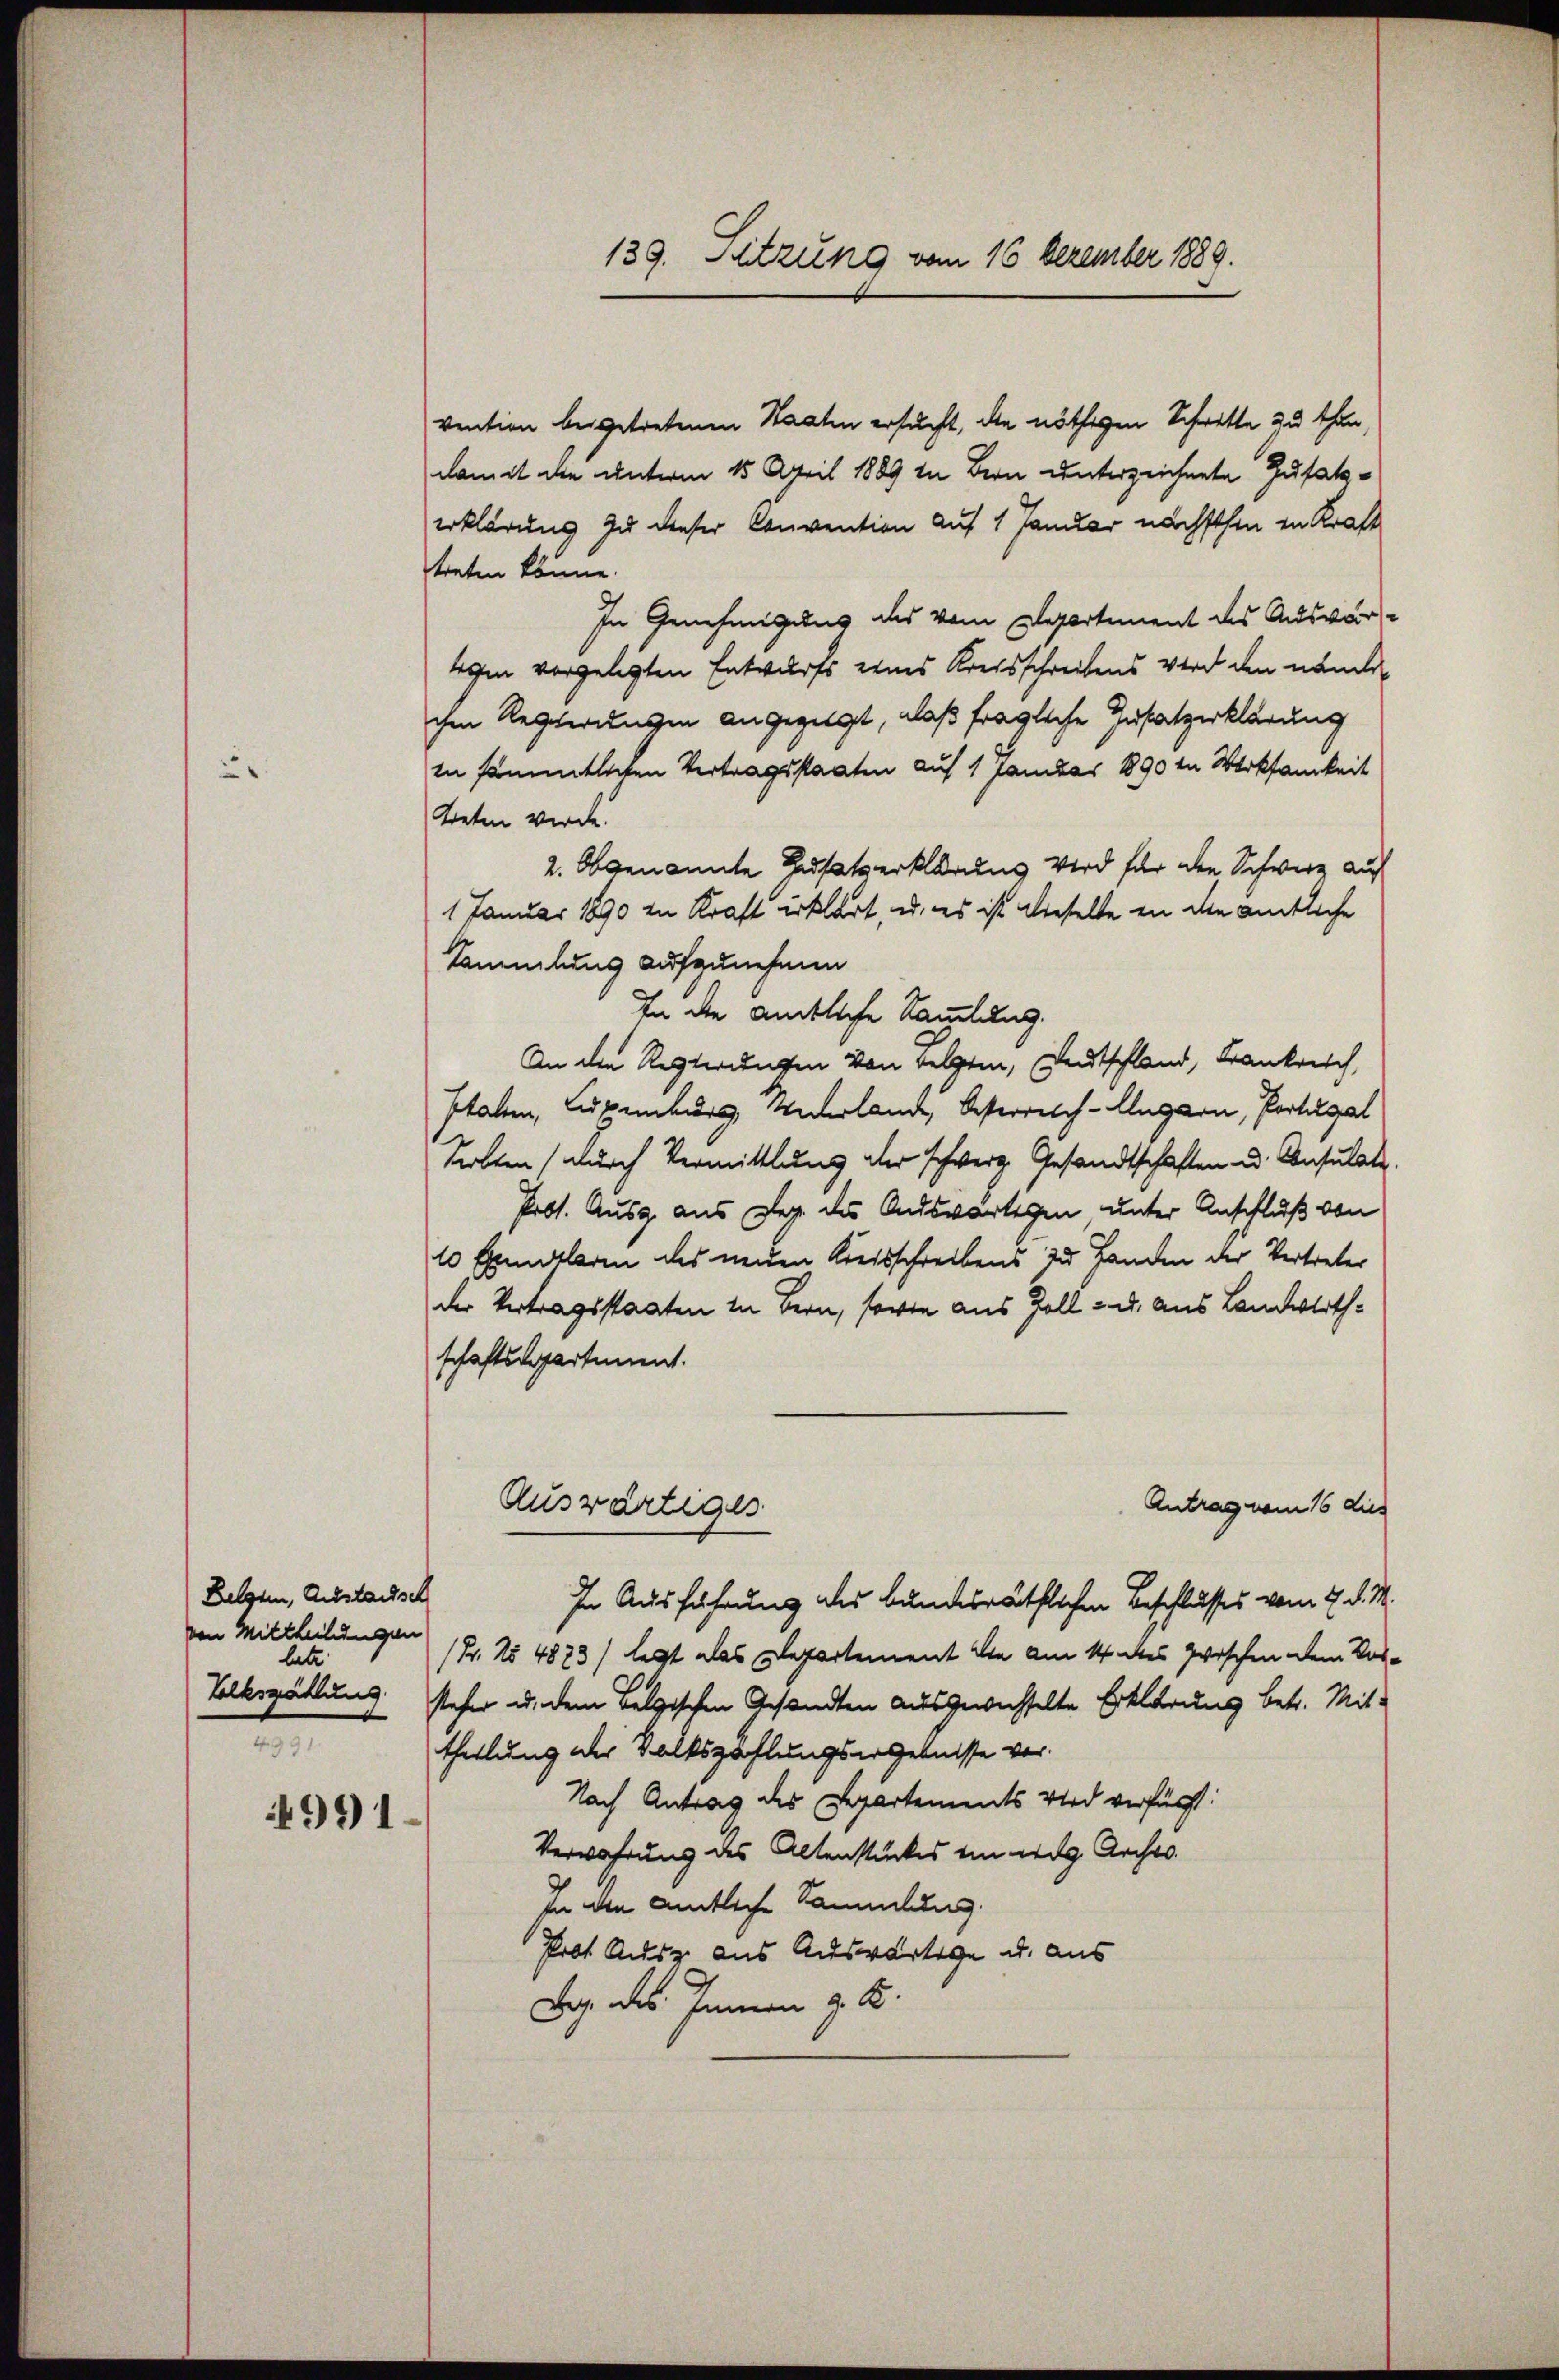
Belgten, Austausch
von Mittheilungen
letz
4991.
4991.

139. Setzung vom 16. Dezember 1889.

vention beigetretenen Staaten ersucht, die nöthigen Schritte zu thun,
damit die unterm 15. April 1889 in Bern unterzeichnete Zusatzerklärung zu dieser Convention auf 1 Januar nächsthin in Kraft
treten könne.
In Genehmigung des vom Departement des Auswärlegen vorgelegten Entwurfs eines Kreisschreibens wird den namen
ihm Regierungen angezeigt, daß fragliche Zusatzerklärung
in sämmtlichen Vertragsstaaten auf 1 Fambas 1890 in Werksamkeit
treten werde.
2. Obgenannte Zusatzerklärung wird für den Schweiz auf
1 Januar 1890 in Kraft erklärt, u. es ist dieselte in die amtliche
Sammlung aufzunehmen
In die amtliche Sammlung.
An den Regierungen von Folgen, Deutschland, Frankreich,
staben, Luxenburg, Widerlande, Oesterreich-Ungarn, Portugal
Solten durch Vermittlung der schweiz. Gesandtschaften u. Consulate
Prot. Ausg. aus Reg. des Andswärtigen, unter Anschluß von
10 Exemplaren des neuen Kreisschreibens zu Handen der Vertreter
der Vertragsstaaten in Bern, sowie aus Zoll- u. aus Landwirthschaftsdepartement.
Auswärtiges
Antrag vom 16 dies
In Ausführung des bundesräthlichen Beschlusses vom 7. d. M.
(F. No 4883) legt das Departement die am 14 des zwischen dem Vor-
Volkszählung steher u. dem Belgischen Gesandten ausgewechselte Erklärung betr. Mit-
theilung der Volkszahlungsergebnisse vor¬
Nach Antrag des Repartements Wird verfürst:
Verwahrung des Altenstückes in weg Aechts
In die amtliche Sammlung.
Prot. Ausz aus Auswärtige u. aus
Beg. des Innern z. B.